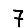
Digit: 7